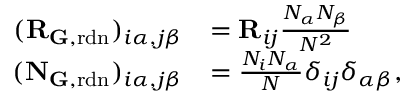
\begin{array} { r l } { ( \mathbf { R } _ { { \mathbf G } , \mathrm { r d n } } ) _ { i \alpha , j \beta } } & { = \mathbf { R } _ { i j } \frac { N _ { \alpha } N _ { \beta } } { N ^ { 2 } } } \\ { ( \mathbf { N } _ { \mathbf { G } , \mathrm { r d n } } ) _ { i \alpha , j \beta } } & { = \frac { N _ { i } N _ { \alpha } } { N } \delta _ { i j } \delta _ { \alpha \beta } , } \end{array}